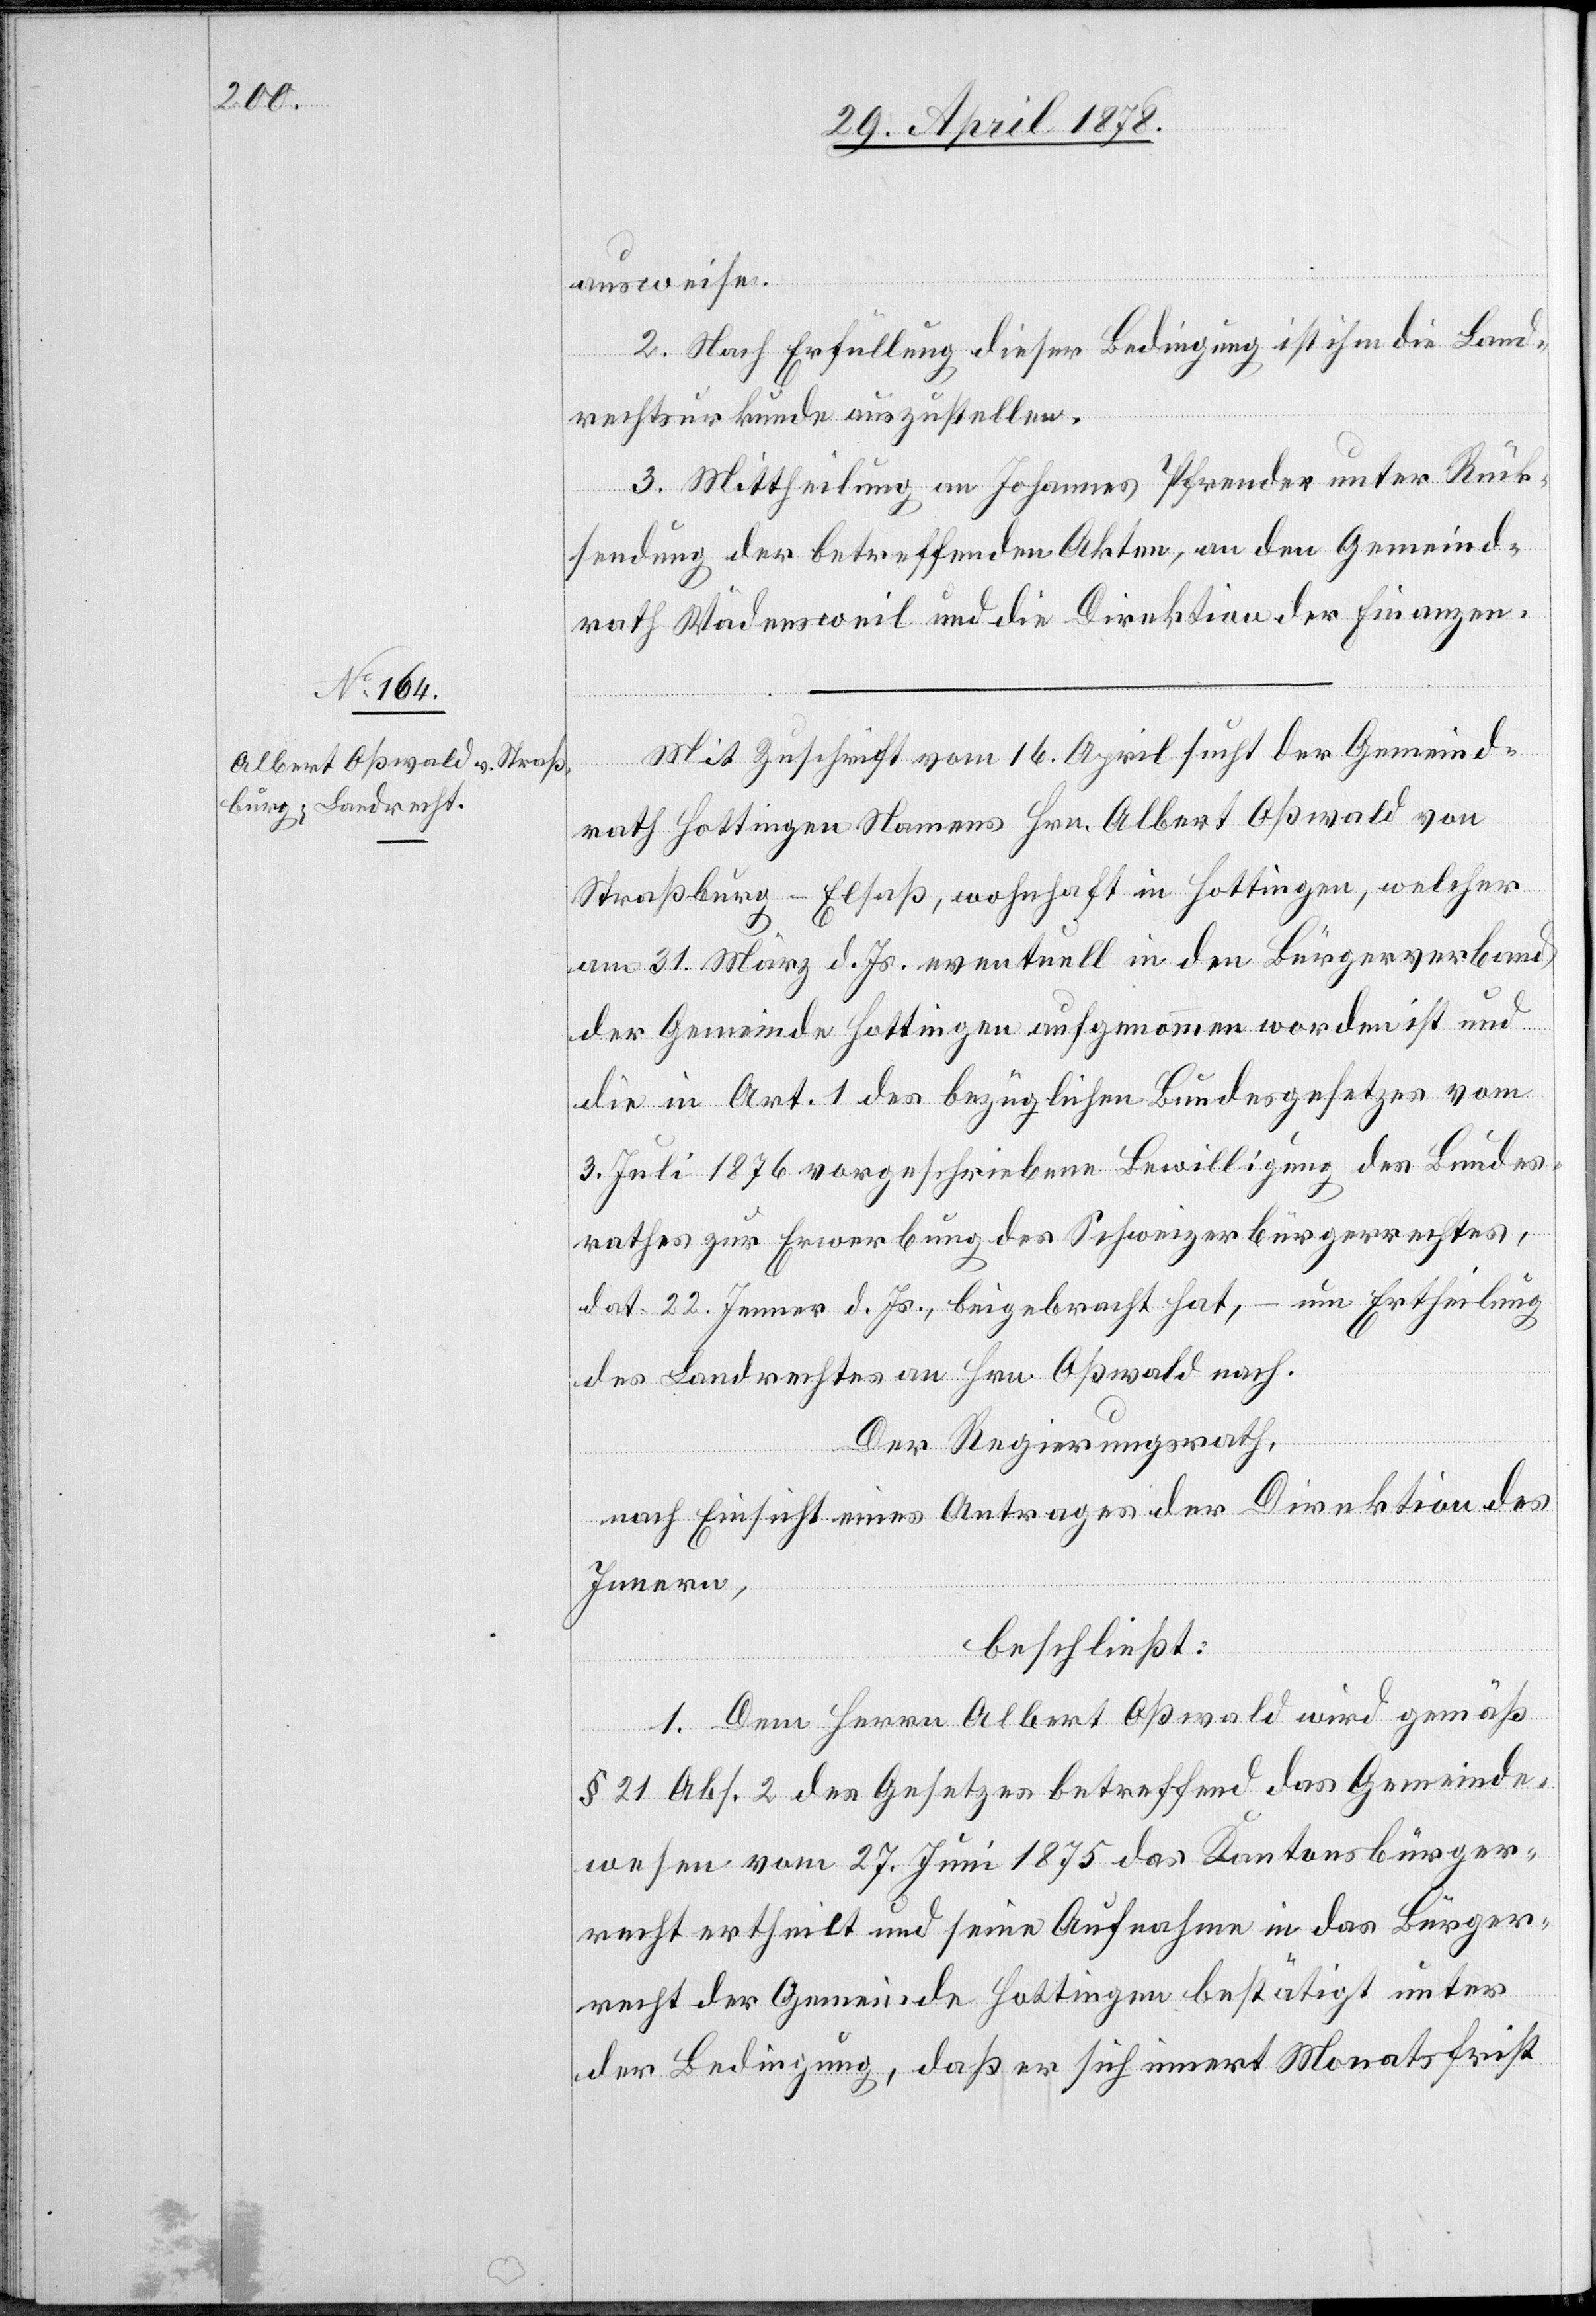
ausweise.
2. Nach Erfüllung dieser Bedingung ist ihm die Land¬
bung
des
rechtsurkunde auszustellen.
3. Mittheilung an Johannes Pfrender unter Rück¬
sendung der betreffenden Akten, an den Gemeind¬
rath Wädensweil und die Direktion der Finanzen.
Mit Zuschrift vom 16. April sucht der Gemeind¬
rath Hottingen Namens Hrn. Albert Oßwald von
Straßburg - Elsaß, wohnhaft in Hottingen, welcher
am 31. März d. Js. eventuell in den Bürgerverband
der Gemeinde Hottingen aufgenommen worden ist und
die in Art. 1 des bezüglichen Bundesgesetzes vom
3. Juli 1876 vorgeschriebene Bewilligung zur Erwer¬
um Ertheilung
dat. 22. Jenner d. Js., beigebracht hat,
des Landrechtes an Hrn. Oßwald nach.
Der Regierungsrath,
nach Einsicht eines Antrages der Direktion des
Innern,
beschließt:
1. Dem Herrn Albert Oßwald wird gemäß
§ 21 Abs. 2 des Gesetzes betreffend das Gemeinde¬
wesen vom 27. Juni 1875 das Kantonsbürger¬
recht ertheilt und seine Aufnahme in das Bürger¬
recht der Gemeinde Wädensweil bestätigt unter
der Bedingung, daß er sich innert Monatsfrist